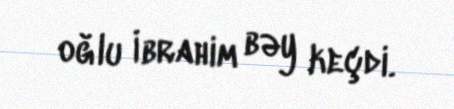
oğlu İbrahim bəy keçdi.